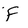
Character: F